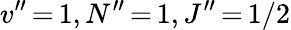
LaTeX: v^{\prime\prime}\, {=}\, 1,N^{\prime\prime}\, {=}\, 1,J^{\prime\prime}\, {=}\, 1/2